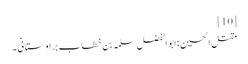
[10]
مقتل الحسین :ابو الفضل سلمہ بن خطاب براوستانی ۔